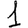
Digit: 1